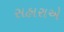
સહારાએ